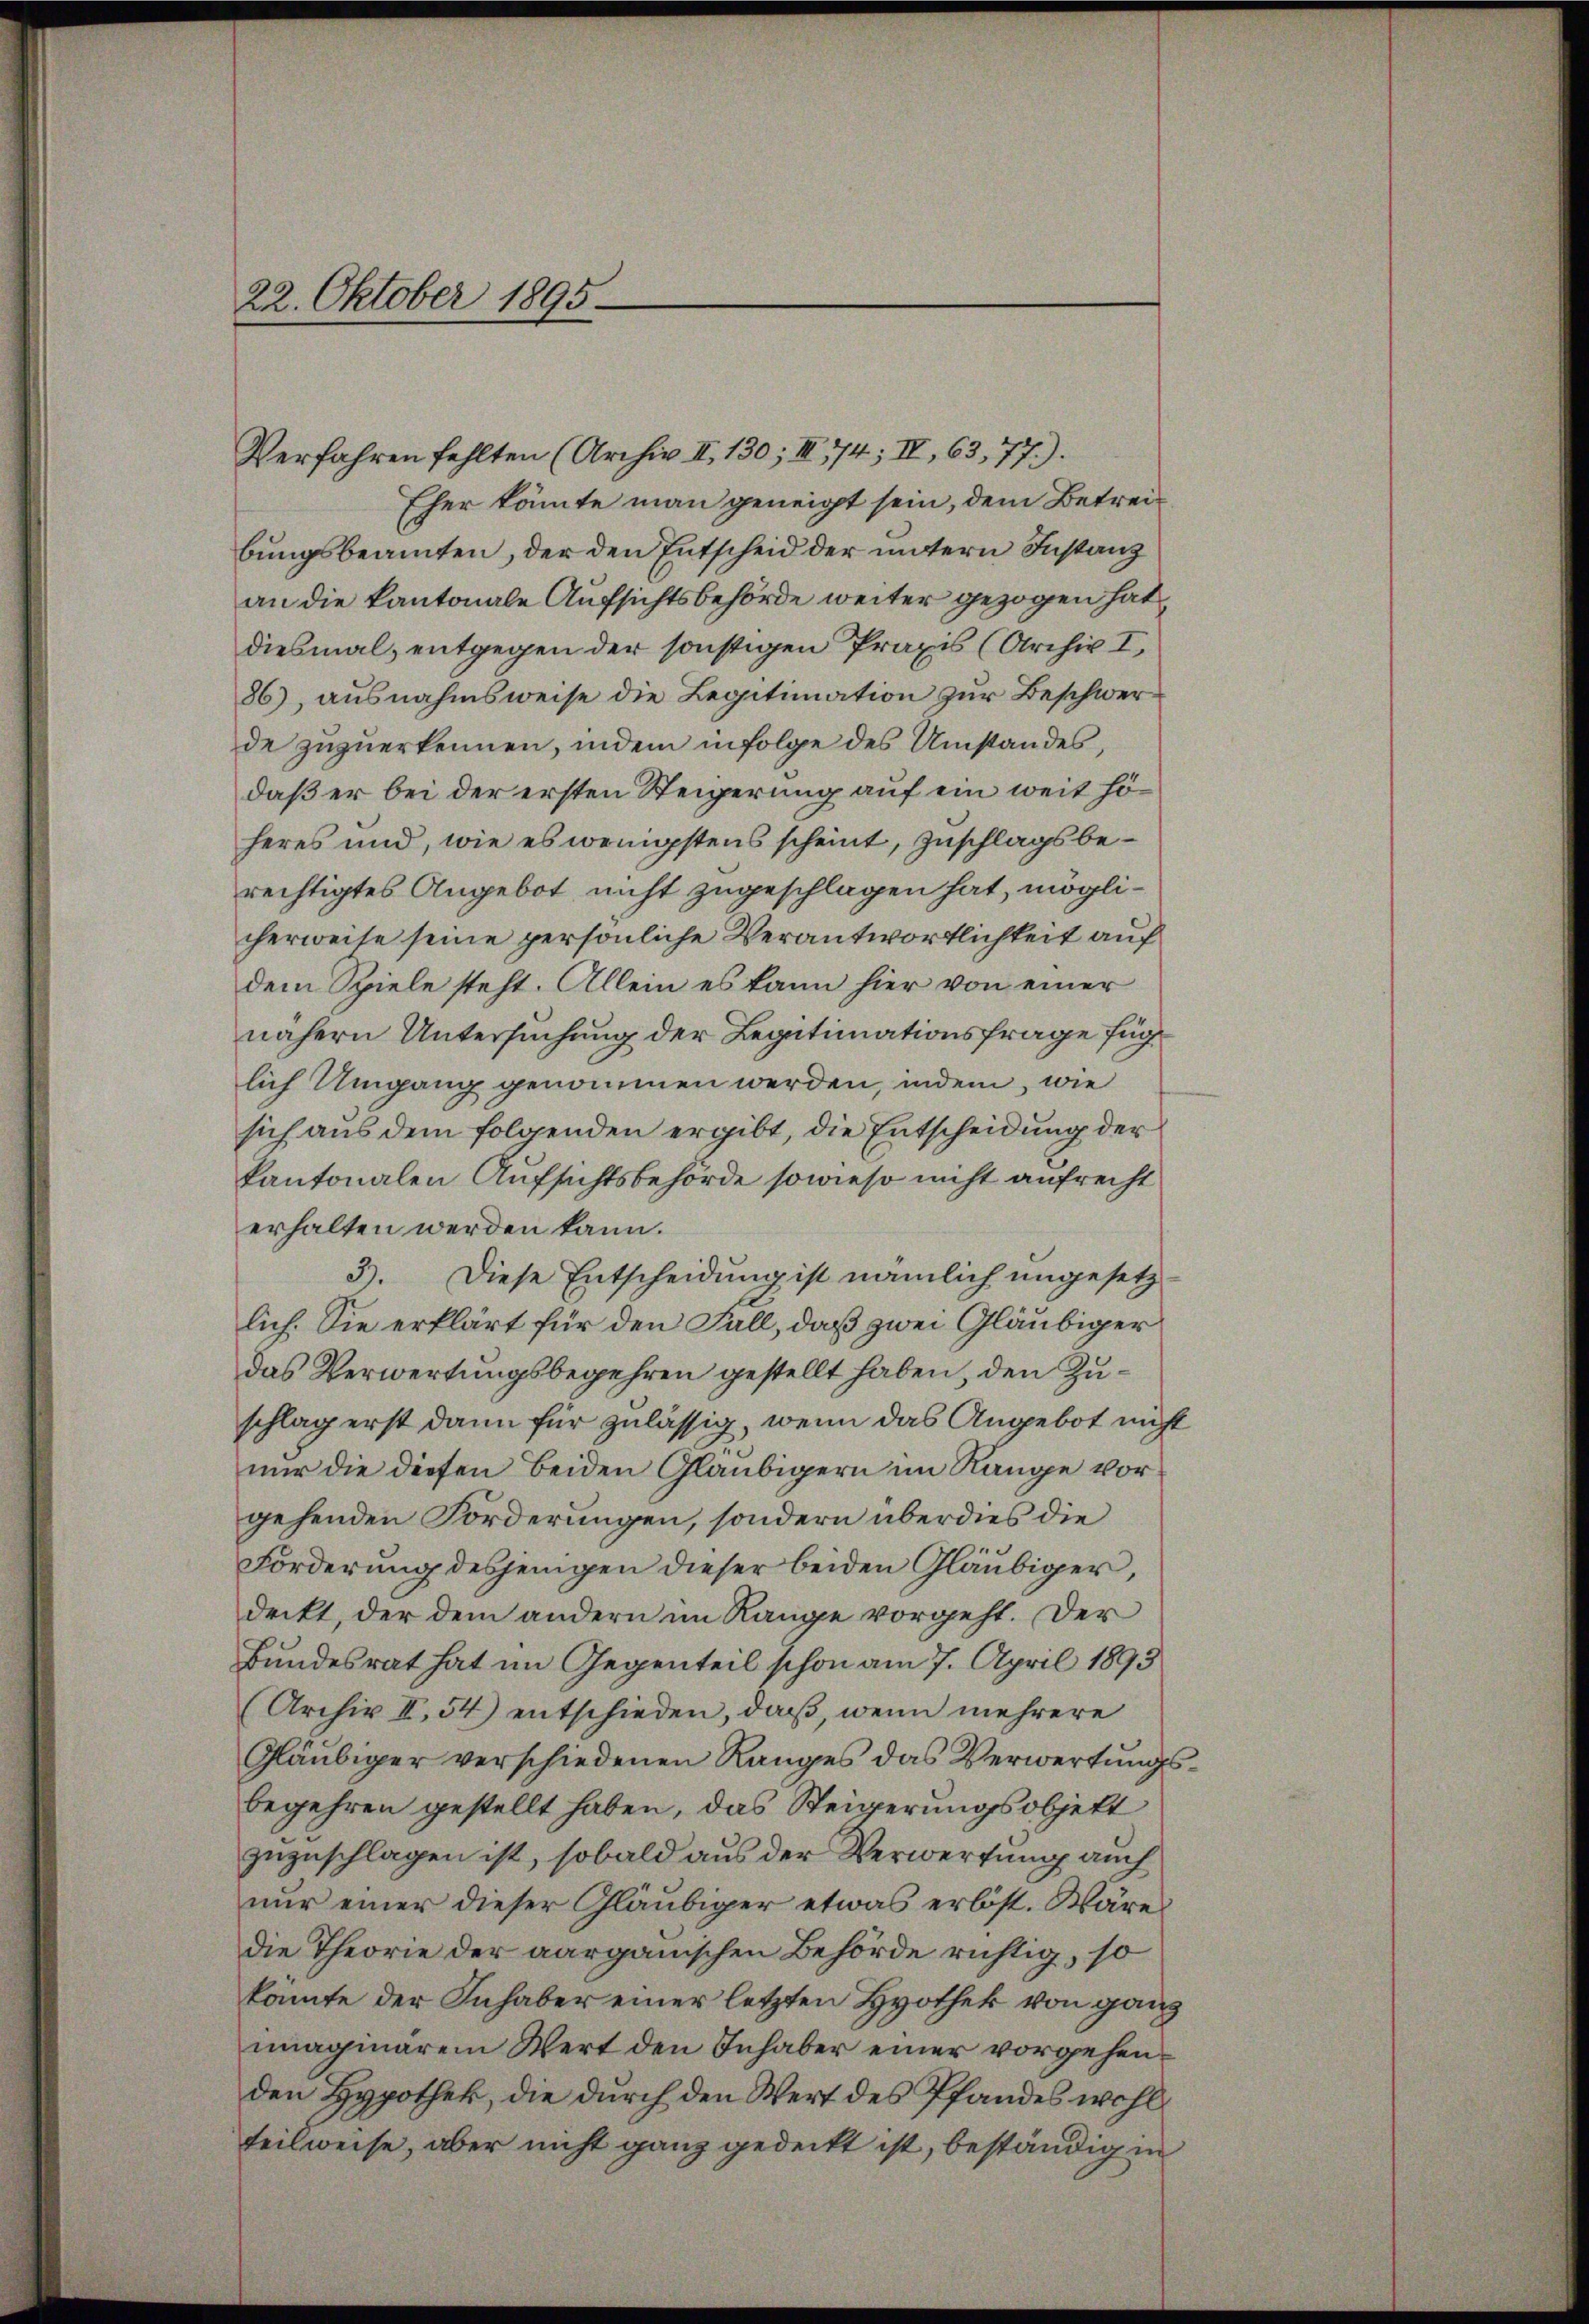
22. Oktober 1895.

Verfahren fehlten (Archiv II. 130; III 774; II, 63, 77).
Eher könnte man geneigt sein, dem Betreibungsbeamten, der den Entscheid der untern Instanz
an die kantonale Aufsichtsbehörde weiter gezogen hat,
diesmal, entgegen der sonstigen Praxis (Archiv I,
86), ausnahmsweise die Legitimation zur Beschwerde zuzuerkennen, indem infolge des Umstandes,
daß er bei der ersten Steigerung auf ein weit höheres und, wie es wenigstens scheint, Zuschlagsberechtigtes Angebot nicht zugeschlagen hat, möglicherweise seine persönliche Verantwortlichkeit auf
dem Spiele steht. Allein es kann hier von einer
nähern Untersuchung der Legitimationsfrage füg
lich Umgang genommen werden, indem, wie
sich aus dem folgenden ergibt, die Entscheidung der
kantonalen Aufsichtsbehörde sowieso nicht aufrecht
erhalten werden kann.
3). Diese Entscheidŭng ist nämlich ungesetz-
lich. Sie erklärt für den Fall, daß zwei Gläubiger
das Verwertungsbegehren gestellt haben, den Zuschlag erst dann für zulässig, wenn das Angebot nicht
nur die diesen beiden Gläubigern im Range vorgehenden Forderungen, sondern überdies die
Forderung desjenigen dieser beiden Gläubiger,
deckt, der dem andern im Range vorgeht. Der
Bundesrat hat im Gegenteil schon am 7. April 1895
(Archiv II, 54) entschieden, daß, wenn mehrere
Gläubiger verschiedenen Ranges das Verwertungsbegehren gestellt haben, das Steigerungsobjekt
zuzuschlagen ist, sobald aus der Verwerfung auch
nur einer dieser Gläubiger etwas erböst. Wäre
die Theorie der aargauischen Behörde richtig, so
konnte der Inhaber einer letzten Hyothek von ganz
mnagiarem Wert den Inhaber einer vorgehenden Hypothek, die durch den Wert des Pfandes wohl
teilweise, aber nicht ganz gedeckt ist, beständig in